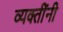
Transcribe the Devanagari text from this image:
व्‍यक्‍तींनी